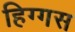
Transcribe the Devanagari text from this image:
हिग्गस